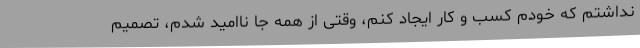
نداشتم که خودم کسب و کار ایجاد کنم، وقتی از همه جا ناامید شدم، تصمیم